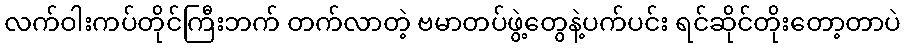
လက်ဝါးကပ်တိုင်ကြီးဘက် တက်လာတဲ့ ဗမာတပ်ဖွဲ့တွေနဲ့ပက်ပင်း ရင်ဆိုင်တိုးတော့တာပဲ